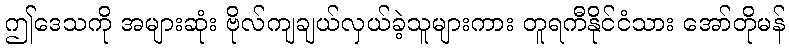
ဤဒေသကို အများဆုံး ဗိုလ်ကျချယ်လှယ်ခဲ့သူများကား တူရကီနိုင်ငံသား အော်တိုမန်